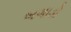
બગાડો